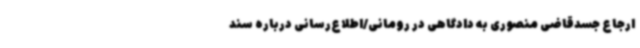
ارجاع جسدقاضی منصوری به دادگاهی در رومانی/اطلاع‌رسانی درباره سند